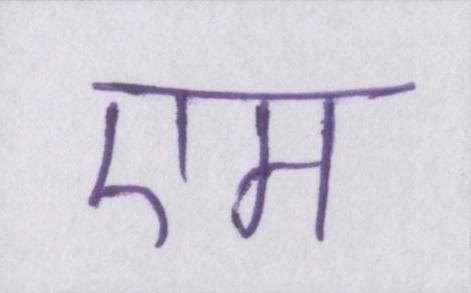
एम